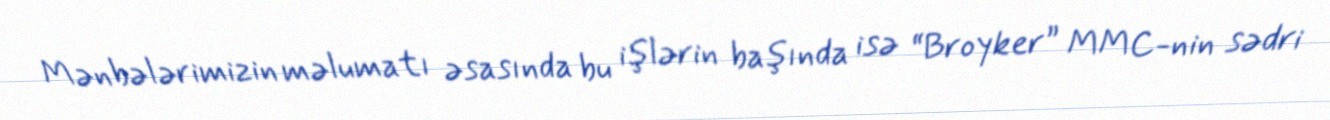
Mənbələrimizin məlumatı əsasında bu işlərin başında isə “Broyker” MMC-nin sədri